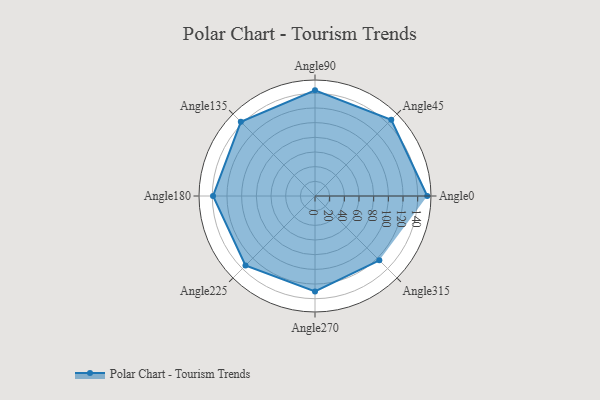
{"axis": {"x": "Angle", "y": "Radius"}, "legend": [""], "data": [{"x": "Angle0", "y": 153.0, "type": ""}, {"x": "Angle45", "y": 147.0, "type": ""}, {"x": "Angle90", "y": 144.0, "type": ""}, {"x": "Angle135", "y": 143.0, "type": ""}, {"x": "Angle180", "y": 139.0, "type": ""}, {"x": "Angle225", "y": 134.0, "type": ""}, {"x": "Angle270", "y": 130.0, "type": ""}, {"x": "Angle315", "y": 124.0, "type": ""}]}